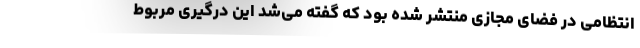
انتظامی در فضای مجازی منتشر شده بود که گفته می‌شد این درگیری مربوط